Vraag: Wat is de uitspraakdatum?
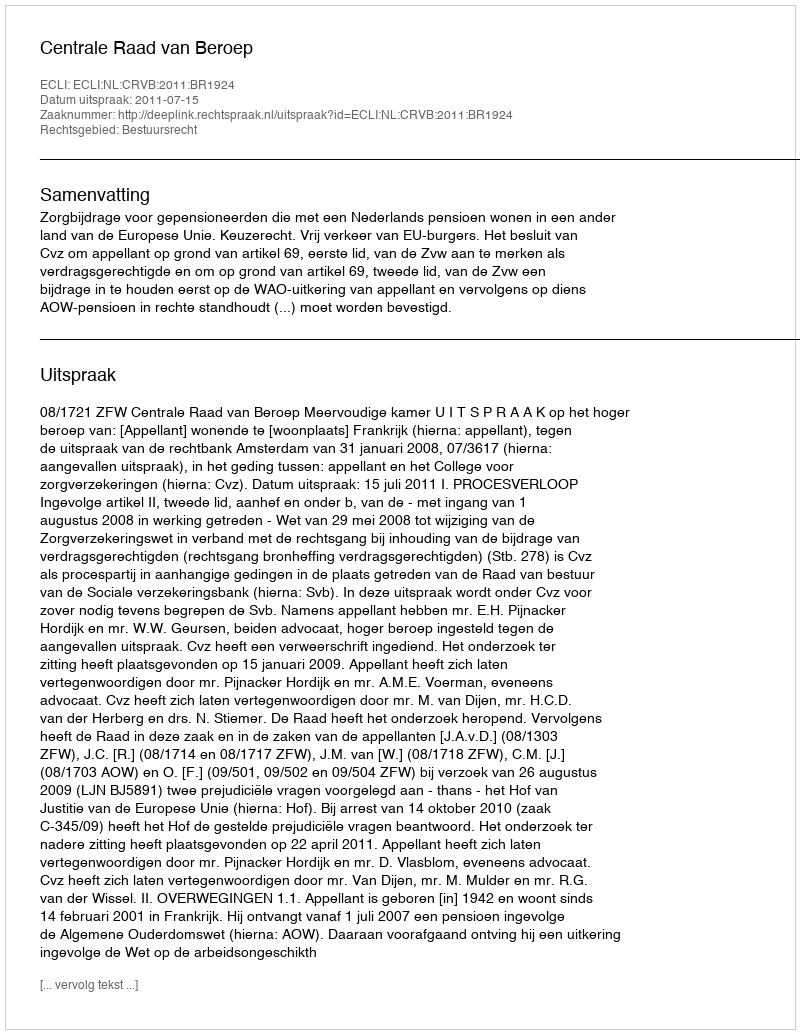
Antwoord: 2011-07-15